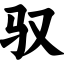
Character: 驭